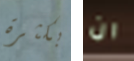
بكثرة ان